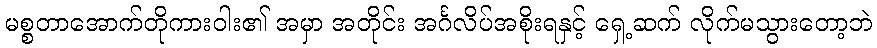
မစ္စတာအောက်တိုကားဝါး၏ အမှာ အတိုင်း အင်္ဂလိပ်အစိုးရနှင့် ရှေ့ဆက် လိုက်မသွားတော့ဘဲ